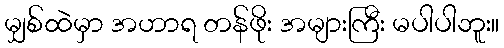
မျှစ်ထဲမှာ အဟာရ တန်ဖိုး အများကြီး မပါပါဘူး။